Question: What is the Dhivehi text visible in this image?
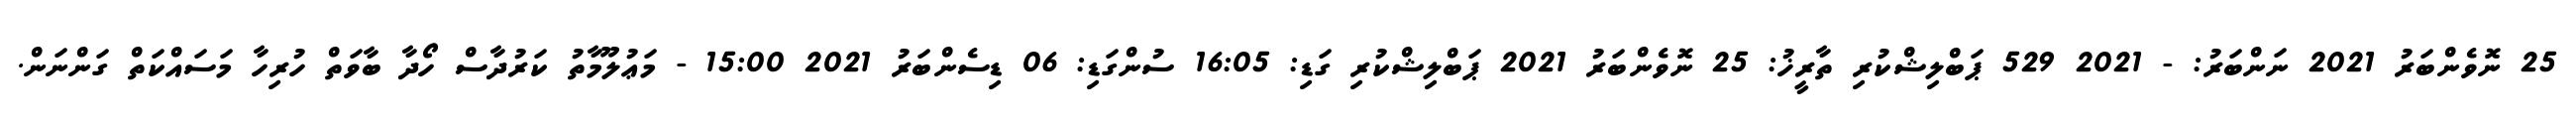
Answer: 25 ނޮވެންބަރު 2021 ނަންބަރު: - 2021 529 ޕަބްލިޝްކުރި ތާރީޚު: 25 ނޮވެންބަރު 2021 ޕަބްލިޝްކުރި ގަޑި: 16:05 ސުންގަޑި: 06 ޑިސެންބަރު 2021 15:00 - މަޢުލޫމާތު ކަރުދާސް ހޯދާ ބާވަތް ހުރިހާ މަސައްކަތް ގަންނަން.